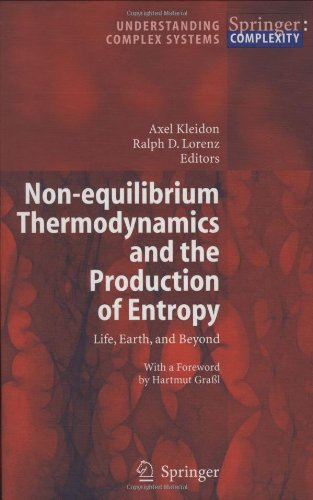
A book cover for Non-equilibrium Thermodynamics and the Production of Entropy: Life, Earth, and Beyond (Understanding Complex Systems); Science & Math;